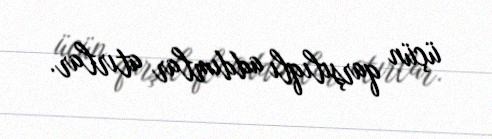
üçün qarşılıqlı addımlar atırlar.